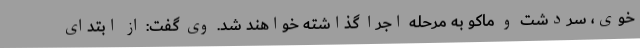
خوی، سردشت و ماکو به مرحله اجرا گذاشته خواهند شد. وی گفت: از ابتدای